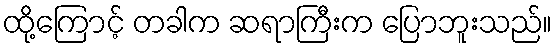
ထို့ကြောင့် တခါက ဆရာကြီးက ပြောဘူးသည်။